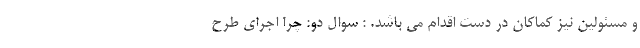
و مسئولین نیز کماکان در دست اقدام می باشد. : سوال دو: چرا اجرای طرح